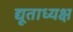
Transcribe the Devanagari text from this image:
द्यूताध्यक्ष